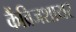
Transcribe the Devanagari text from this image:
कैंब्रिजशायर